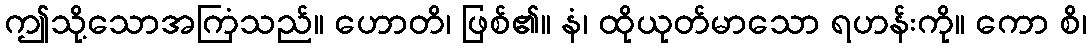
ဤသို့သောအကြံသည်။ ဟောတိ၊ ဖြစ်၏။ နံ၊ ထိုယုတ်မာသော ရဟန်းကို။ ကော စိ၊